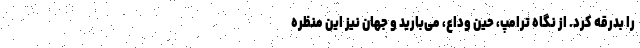
را بدرقه کرد. از نگاه ترامپ، حین وداع، می‌بارید و جهان نیز این منظره